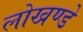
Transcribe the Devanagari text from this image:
लोखण्डे